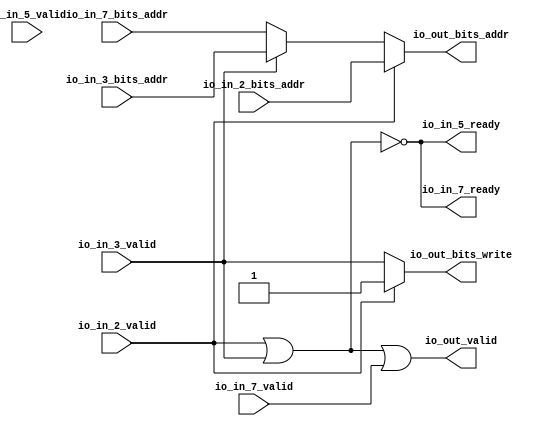
// This program was cloned from: https://github.com/NYU-MLDA/OpenABC
// License: BSD 3-Clause "New" or "Revised" License

module DCacheModuleanon2( // @[:freechips.rocketchip.system.TinyConfig.fir@102989.2]
  input         io_in_2_valid, // @[:freechips.rocketchip.system.TinyConfig.fir@102992.4]
  input  [31:0] io_in_2_bits_addr, // @[:freechips.rocketchip.system.TinyConfig.fir@102992.4]
  input         io_in_3_valid, // @[:freechips.rocketchip.system.TinyConfig.fir@102992.4]
  input  [31:0] io_in_3_bits_addr, // @[:freechips.rocketchip.system.TinyConfig.fir@102992.4]
  output        io_in_5_ready, // @[:freechips.rocketchip.system.TinyConfig.fir@102992.4]
  input         io_in_5_valid, // @[:freechips.rocketchip.system.TinyConfig.fir@102992.4]
  output        io_in_7_ready, // @[:freechips.rocketchip.system.TinyConfig.fir@102992.4]
  input         io_in_7_valid, // @[:freechips.rocketchip.system.TinyConfig.fir@102992.4]
  input  [31:0] io_in_7_bits_addr, // @[:freechips.rocketchip.system.TinyConfig.fir@102992.4]
  output        io_out_valid, // @[:freechips.rocketchip.system.TinyConfig.fir@102992.4]
  output        io_out_bits_write, // @[:freechips.rocketchip.system.TinyConfig.fir@102992.4]
  output [31:0] io_out_bits_addr // @[:freechips.rocketchip.system.TinyConfig.fir@102992.4]
);
  wire [31:0] _GEN_22; // @[Arbiter.scala 126:27:freechips.rocketchip.system.TinyConfig.fir@103024.4]
  wire  _T_2; // @[Arbiter.scala 31:68:freechips.rocketchip.system.TinyConfig.fir@103058.4]
  wire  _T_9; // @[Arbiter.scala 31:78:freechips.rocketchip.system.TinyConfig.fir@103065.4]
  wire  _T_21; // @[Arbiter.scala 135:19:freechips.rocketchip.system.TinyConfig.fir@103085.4]
  assign _GEN_22 = io_in_3_valid ? io_in_3_bits_addr : io_in_7_bits_addr; // @[Arbiter.scala 126:27:freechips.rocketchip.system.TinyConfig.fir@103024.4]
  assign _T_2 = io_in_2_valid | io_in_3_valid; // @[Arbiter.scala 31:68:freechips.rocketchip.system.TinyConfig.fir@103058.4]
  assign _T_9 = _T_2 == 1'h0; // @[Arbiter.scala 31:78:freechips.rocketchip.system.TinyConfig.fir@103065.4]
  assign _T_21 = _T_9 == 1'h0; // @[Arbiter.scala 135:19:freechips.rocketchip.system.TinyConfig.fir@103085.4]
  assign io_in_5_ready = _T_2 == 1'h0; // @[Arbiter.scala 134:14:freechips.rocketchip.system.TinyConfig.fir@103080.4]
  assign io_in_7_ready = _T_2 == 1'h0; // @[Arbiter.scala 134:14:freechips.rocketchip.system.TinyConfig.fir@103084.4]
  assign io_out_valid = _T_21 | io_in_7_valid; // @[Arbiter.scala 135:16:freechips.rocketchip.system.TinyConfig.fir@103087.4]
  assign io_out_bits_write = io_in_2_valid ? 1'h1 : io_in_3_valid; // @[Arbiter.scala 124:15:freechips.rocketchip.system.TinyConfig.fir@102999.4 Arbiter.scala 128:19:freechips.rocketchip.system.TinyConfig.fir@103006.6 Arbiter.scala 128:19:freechips.rocketchip.system.TinyConfig.fir@103014.6 Arbiter.scala 128:19:freechips.rocketchip.system.TinyConfig.fir@103022.6 Arbiter.scala 128:19:freechips.rocketchip.system.TinyConfig.fir@103030.6 Arbiter.scala 128:19:freechips.rocketchip.system.TinyConfig.fir@103038.6 Arbiter.scala 128:19:freechips.rocketchip.system.TinyConfig.fir@103046.6 Arbiter.scala 128:19:freechips.rocketchip.system.TinyConfig.fir@103054.6]
  assign io_out_bits_addr = io_in_2_valid ? io_in_2_bits_addr : _GEN_22; // @[Arbiter.scala 124:15:freechips.rocketchip.system.TinyConfig.fir@102998.4 Arbiter.scala 128:19:freechips.rocketchip.system.TinyConfig.fir@103005.6 Arbiter.scala 128:19:freechips.rocketchip.system.TinyConfig.fir@103013.6 Arbiter.scala 128:19:freechips.rocketchip.system.TinyConfig.fir@103021.6 Arbiter.scala 128:19:freechips.rocketchip.system.TinyConfig.fir@103029.6 Arbiter.scala 128:19:freechips.rocketchip.system.TinyConfig.fir@103037.6 Arbiter.scala 128:19:freechips.rocketchip.system.TinyConfig.fir@103045.6 Arbiter.scala 128:19:freechips.rocketchip.system.TinyConfig.fir@103053.6]
endmodule